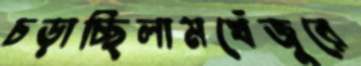
চড়াচ্ছিলামখেঁজুরে